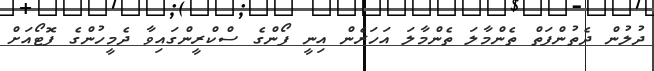
ދުލުން ދެތުންފަތް ތެންމާލަ ތެންމާލަ އަހަރެން އިނީ ފޯންގެ ސްކްރީންގައިވާ ދެމީހުންގެ ފޮޓޯއަށް